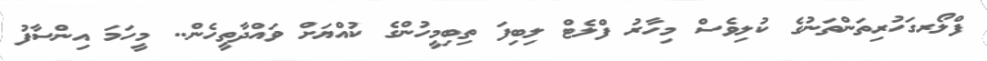
ފްލޯރގަހުރިތަންތަނުގެ ކުލިވެސް މިހާރު ފްލެޓް ލިބިފަ ތިބިމީހުންގެ ކުއްޔަށް ވައްދާތީހެން.. މީހަމަ އިންސާފު